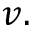
v .